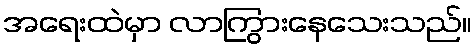
အရေးထဲမှာ လာကြွားနေသေးသည်။